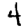
Digit: 4